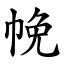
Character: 㡈